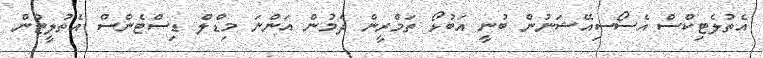
އެތުލެޓިކްސް އެސޯސިއޭޝަނުން ބުނީ އަބުޅޯ ތަމްރީން ދެމުން އަންނަ މިޑްލް ޑިސްޓެންސް އެތުލީޓުން